Reports on military cantonments and civil stations in the Presidency of Bombay inspected by the Sanitary Commissioner in the years 1875 and 1876
Year: 1875
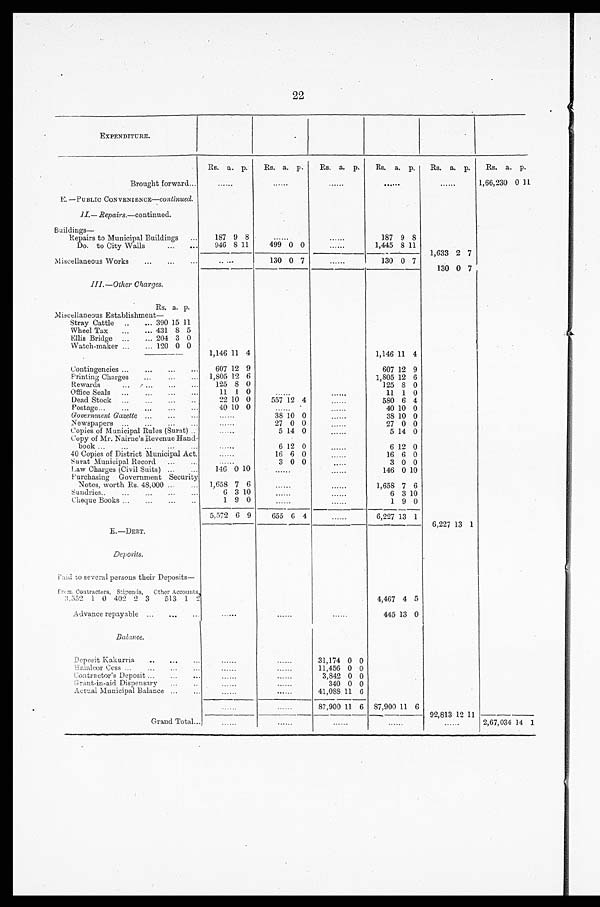
22
EXPENDITURE.
Rs. a. p. Rs. a. p. Rs.
a .
p. Rs.
a . p . Rs. a. p. Rs.
a . p .
Brought forward...
. . . . . .
. . . . . .
. . . . . .
. . . . . .
. . . . . .
1,66,230 0
1 1
E. —PUBLIC CONVENIENCE— continued.
II.—.Repairs.—continued.
Buildings—
Repairs to Municipal Buildings ...
187 9 8
......
......
187 9 8
Do. to City Walls
...
. . . 946 8 11
499 0 0
......
1,445 8
1 1 1,633 2 7
Miscellaneous Works ... ...
. . .
. . . . . .
130 0 7
......
130 0 7
130 0 7
III—Other Charges.
Rs. a. p.
Miscellaneous Establishment—
Stray Cattle .. ... 390 15 11
Wheel Tax ... ... 431 8 5
Ellis Bridge ... ... 204 3 0
Watch-maker ... ... 120 0 0
1,146 11 4
1,146 11 4
Contingencies ...
... ...
607 12 9
607 12 9
Printing Charges ...
... ... 1,805 12 6
1,805 12 6
Rewards
... .
..
... ...
125 8 0
125 8 0
Office Seals ... ...
...
11 1 0
. . . . . .
. . . . . .
11 1 0
Dead Stock ... ... ...
. . .
22 10 0
557 12 4
......
580 6 4
Postage...
. . .
. . .
. . .
40 10 0
. . . . . .
. . . . . .
40 10 0
Government Gazette ... ...
. . .
......
38 10 0
......
38 10 0
Newspapers ... ...
. . .
......
27 0 0
......
27 0 0
Copies of Municipal Rules (Surat) ...
......
5 14 0
......
5 14 0
Copy of Mr. Nairne's Revenue Hand-
book
. . .
. . .
. . .
. . . . . .
6 12 0
......
6 12 0
40 Copies of District Municipal Act.
......
16 6 0
......
16 6 0
Surat Municipal Record ... ...
......
3 0 0
.....
3 0 0
Law Charges (Civil Suits) ... ...
146 0 10
......
. . . . . .
146 0 1 0
Purchasing Government Security
Notes, worth Rs. 48,000 ...
... 1,658 7 6
......
. . . . . .
1,658 7 6
Sundries.. ... ... ... ...
6 3 10
......
. . . . . .
6 3 1 0
Cheque Books ... ... ... . . .
1 9 0
. . . . . .
. . . . . .
1 9 0
5,572 6 9
655 6 4 ......
6,227 13 1
6 , 2 2 7
13 1
E . — D E B T .
D e p o s i t s .
Paid to several persons their Deposits—
From Contractors, Stipends, Other Accounts.
4,467 4 5
3,552 1 0 402 2 3 513 1 2
Advance repayable ... ...
......
. . . . . .
. . . . . . 445 13 0
Balance.
Deposit Kakurria
... ...
. . . . . .
. . . . . .
31,174 0 0
Halalcor Cess ... ...
. . . . . .
. . . . . . 11,456 0 0
Contractor's Deposit ...
..
......
. . . . . .
3,842 0 0
Grant-in-aid Dispensary
... ...
. . . . . .
. . . . . .
340 0 0
Actual Municipal Balance ..
.
. . .
. . . . . .
......
41,088 11 6
. . . . . .
. . . . . . 87,900 11 6 87,900 11 6 92,813 12 11
Grand Total ...
. . . . . .
. . . . .
. . . . . .
. . . . . .
......
2,67,034 14 1